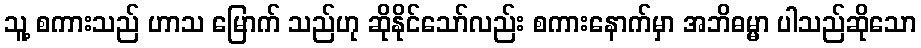
သူ့ စကားသည် ဟာသ မြောက် သည်ဟု ဆိုနိုင်သော်လည်း စကားနောက်မှာ အဘိဓမ္မာ ပါသည်ဆိုသော